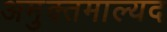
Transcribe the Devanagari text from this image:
अमुक्तमाल्यद